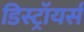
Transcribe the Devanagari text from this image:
डिस्ट्रॉयर्स